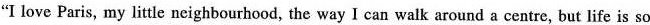
"I love Paris, my little neighbourhood, the way I can walk around a centre, but life is so